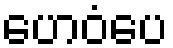
ဟေဝံပေ